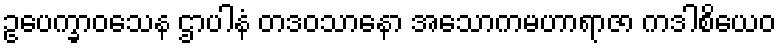
ဥပေက္ခာဝသေန ဌာပါနံ တဒဝသာနော အသောကမဟာရာဇာ ကဒါစိယေဝ